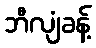
ဘီလျံခန့်